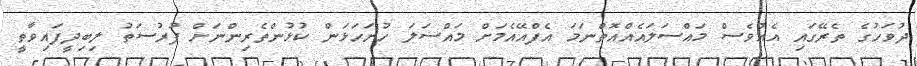
ދުވަހުގެ ތެރޭގައި އެއްވެސް މައްސަލައެއްއޮތްނަމަ އެފްއޭއެމަށް މައްސަލަ ހުށަހަޅަން ކުޅުންތެރިންނަށް ފުރުސަތު ލިބިދީފައިވާތީ